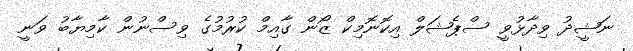
ނަޝީދު ވިދާޅުވީ ސްޕެޝަލް އިކޮނޮމިކް ޒޯން ގާއިމް ކުރުމުގެ ވިސްނުން ކާމިޔާބު ވަނީ